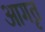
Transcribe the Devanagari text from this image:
आगृत